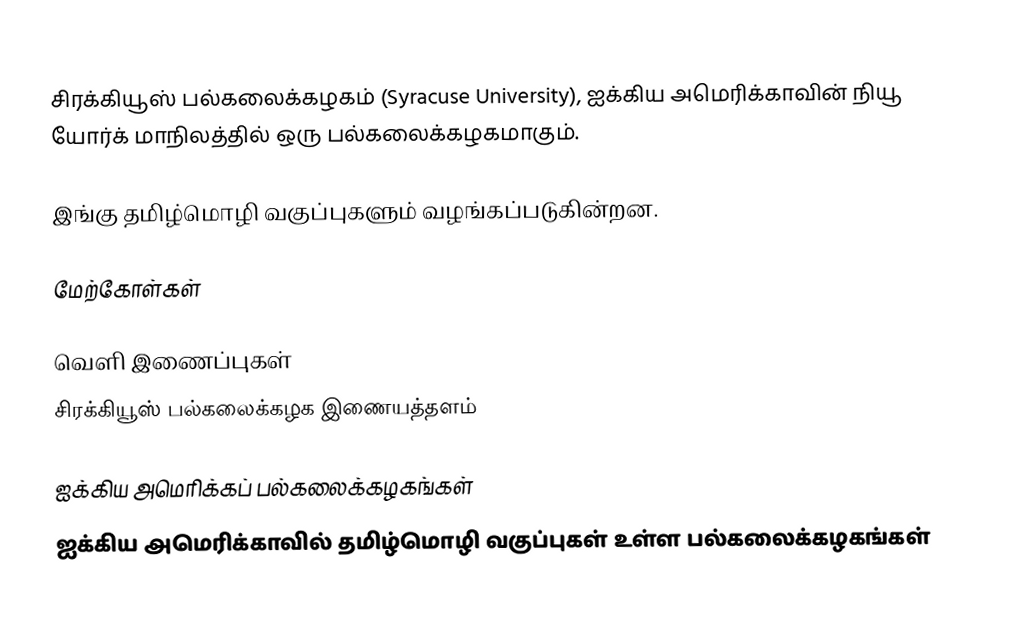
சிரக்கியூஸ் பல்கலைக்கழகம் (Syracuse University), ஐக்கிய அமெரிக்காவின் நியூ யோர்க் மாநிலத்தில் ஒரு பல்கலைக்கழகமாகும்.

இங்கு தமிழ்மொழி வகுப்புகளும் வழங்கப்படுகின்றன.

மேற்கோள்கள்

வெளி இணைப்புகள்
சிரக்கியூஸ் பல்கலைக்கழக இணையத்தளம்

ஐக்கிய அமெரிக்கப் பல்கலைக்கழகங்கள்
ஐக்கிய அமெரிக்காவில் தமிழ்மொழி வகுப்புகள் உள்ள பல்கலைக்கழகங்கள்